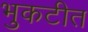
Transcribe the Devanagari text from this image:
भुकटीत